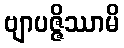
ဗျာပဇ္ဇိဿာမိ